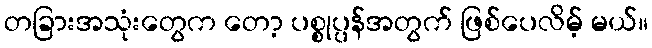
တခြားအသုံးတွေက တော့ ပစ္စုပ္ပန်အတွက် ဖြစ်ပေလိမ့် မယ်။